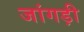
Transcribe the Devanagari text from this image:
जांगड़ी